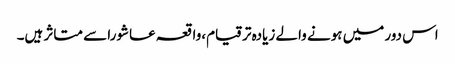
اس دور میں ہونے والے زیادہ ترقیام،واقعہ عاشورا سے متاثر ہیں۔